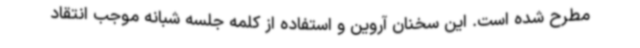
مطرح شده است. این سخنان آروین و استفاده از کلمه جلسه شبانه موجب انتقاد